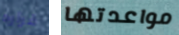
قراره مواعدتها